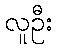
လူဦး